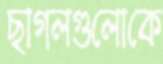
ছাগলগুলোকে